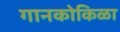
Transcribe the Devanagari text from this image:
गानकोकिळा